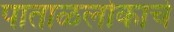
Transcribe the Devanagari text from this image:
पाताळलोकाचे